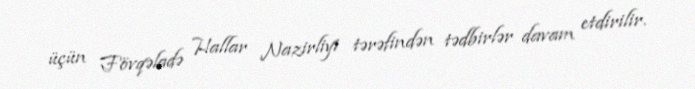
üçün Fövqəladə Hallar Nazirliyi tərəfindən tədbirlər davam etdirilir.